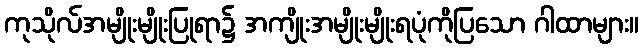
ကုသိုလ်အမျိုးမျိုးပြုရာ၌ အကျိုးအမျိုးမျိုးရပုံကိုပြသော ဂါထာများ။